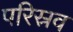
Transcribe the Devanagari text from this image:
परिस्रव